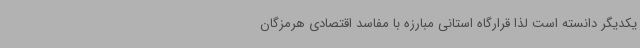
یکدیگر دانسته است لذا قرارگاه استانی مبارزه با مفاسد اقتصادی هرمزگان